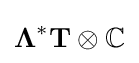
\mathbf {\Lambda } ^{*}\mathbf {T} \otimes \mathbb {C}